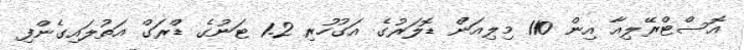
އޮސްޓްރޭލިއާ އިން 110 މިލިއަން ޑޮލަރުގެ އަގުހުރި 1.2 ޓަނުގެ ޑްރަގް އަތުލައިގެންފި